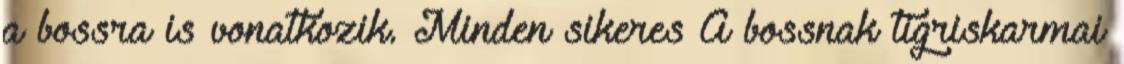
a bossra is vonatkozik. Minden sikeres A bossnak tigriskarmai